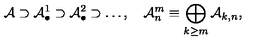
{ \cal A } \supset { \cal A } _ { \bullet } ^ { 1 } \supset { \cal A } _ { \bullet } ^ { 2 } \supset \ldots , \quad { \cal A } _ { n } ^ { m } \equiv \bigoplus _ { k \geq m } { \cal A } _ { k , n } ,